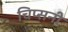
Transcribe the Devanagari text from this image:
चिप्सनी